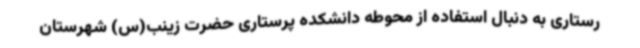
رستاری به دنبال استفاده از محوطه دانشکده پرستاری حضرت زینب(س) شهرستان